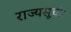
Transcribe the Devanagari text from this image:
राज्यसूची।